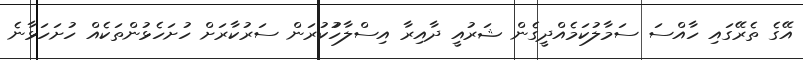
އޭގެ ތެރޭގައި ހާއްސަ ސަމާލުކަމެއްދީގެން ޝަރުއީ ދާއިރާ އިސްލާހުުކުރަން ސަރުކާރަށް ހުށަހެޅުންތަކެއް ހުށަހަޅާނެ